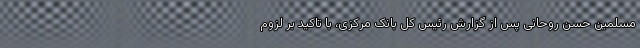
مسلمین حسن روحانی پس از گزارش رئیس کل بانک مرکزی، با تاکید بر لزوم